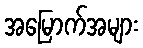
အမြောက်အများ